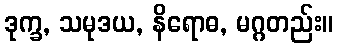
ဒုက္ခ, သမုဒယ, နိရောဓ, မဂ္ဂတည်း။